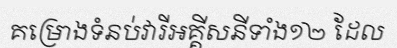
គម្រោងទំនប់វារីអគ្គីសនីទាំង១២ ដែល